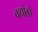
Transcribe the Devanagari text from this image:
क्योडो